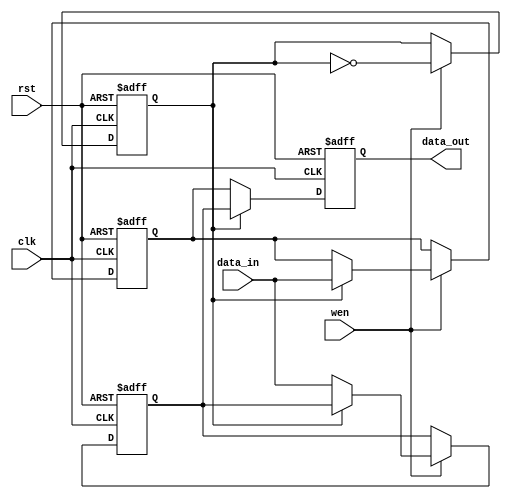
module double_buffer_register #(
    parameter DATA_WIDTH = 8  // Parameter for data width
)(
    input wire clk,            // Clock signal
    input wire rst,            // Asynchronous reset signal
    input wire wen,            // Write enable signal
    input wire [DATA_WIDTH-1:0] data_in, // Data input
    output reg [DATA_WIDTH-1:0] data_out  // Data output
);

    // Internal registers for double buffering
    reg [DATA_WIDTH-1:0] Reg_A;
    reg [DATA_WIDTH-1:0] Reg_B;

    // Toggle signal to determine which register is active
    reg toggle;

    // Asynchronous reset and data writing process
    always @(posedge clk or posedge rst) begin
        if (rst) begin
            // Reset both registers and toggle signal
            Reg_A <= {DATA_WIDTH{1'b0}};
            Reg_B <= {DATA_WIDTH{1'b0}};
            toggle <= 1'b0;  // Start with Reg_A as active
            data_out <= {DATA_WIDTH{1'b0}}; // Clear output
        end else begin
            if (wen) begin
                // Write data to the active register based on toggle
                if (toggle) begin
                    Reg_A <= data_in;  // Write to Reg_A
                end else begin
                    Reg_B <= data_in;  // Write to Reg_B
                end
                // Toggle the active register for the next write
                toggle <= ~toggle;
            end
            // Output the data from the non-active register
            if (toggle) begin
                data_out <= Reg_B; // Output from Reg_B
            end else begin
                data_out <= Reg_A; // Output from Reg_A
            end
        end
    end

endmodule